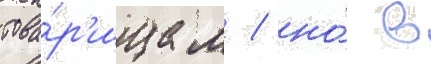
това́р'ищам / но́ в